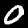
Label: 0